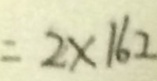
= 2 \times 1 6 2